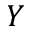
Y